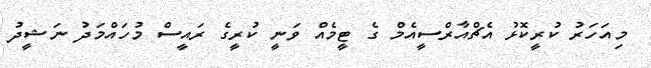
މިއަހަރު ކުރީކޮޅު އެޗްއާރްސީއެމް ގެ ޓީމެއް ވަނީ ކުރީގެ ރައީސް މުހައްމަދު ނަޝީދު